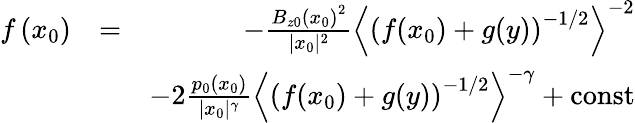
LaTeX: \begin{array}{rlr}{f\left(x_{0}\right)}&{=}&{-\frac{B_{z0}\left(x_{0}\right)^{2}}{|x_{0}|^{2}}\left\langle\left(f(x_{0})+g(y)\right)^{-1/2}\right\rangle^{-2}}\\ &{}&{-2\frac{p_{0}\left(x_{0}\right)}{|x_{0}|^{\gamma}}\left\langle\left(f(x_{0})+g(y)\right)^{-1/2}\right\rangle^{-\gamma}+\mathrm{const}}\end{array}